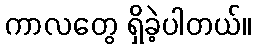
ကာလတွေ ရှိခဲ့ပါတယ်။